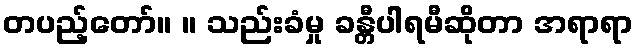
တပည့်တော်။ ။ သည်းခံမှု ခန္တီပါရမီဆိုတာ အရာရာ